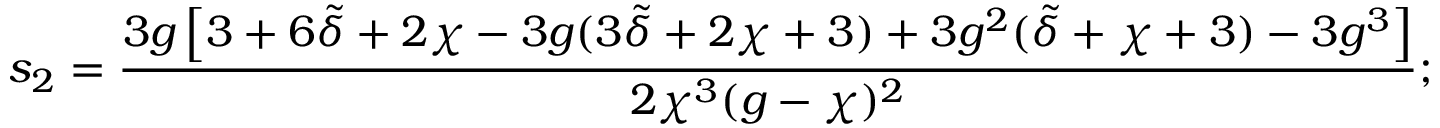
s _ { 2 } = \frac { 3 g \left[ 3 + 6 \tilde { \delta } + 2 \chi - 3 g ( 3 \tilde { \delta } + 2 \chi + 3 ) + 3 g ^ { 2 } ( \tilde { \delta } + \chi + 3 ) - 3 g ^ { 3 } \right] } { 2 \chi ^ { 3 } ( g - \chi ) ^ { 2 } } ;